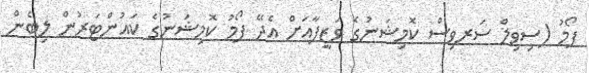
ފޯމު (ސިވިލް ސަރވިސް ކޮމިޝަނުގެ ވަޒީފާއަށް އެދޭ ފޯމު ކޮމިޝަނުގެ ކައުންޓަރުން ލިބެން